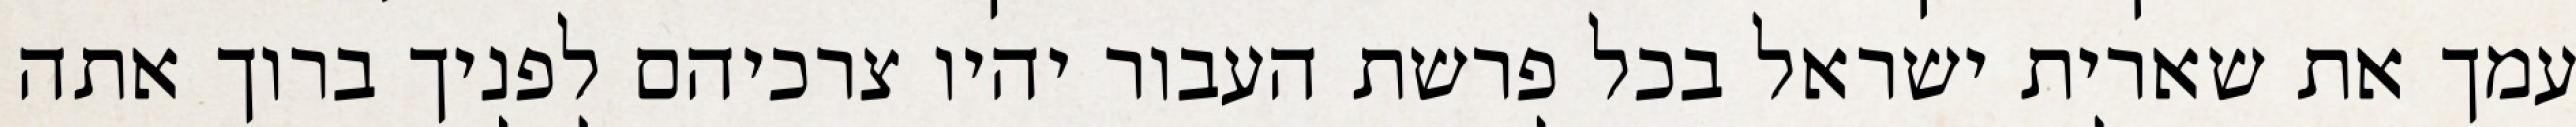
עמך את שארית ישראל בכל פרשת העבור יהיו צרכיהם לפניך ברוך אתה